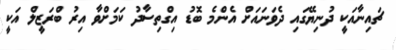
ޗައިނާއަކީ ދުނިޔޭގައި ދެވަނައަށް އެންމެ ބޮޑު އިގްތިސާދު ކަމަށްވާ އިރު ބްރަޒީލް އަކީ